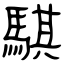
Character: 騏